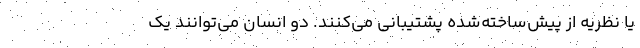
یا نظریه از پیش‌ساخته‌شده پشتیبانی می‌کنند. دو انسان می‌توانند یک